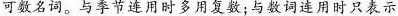
可数名词,与季节连用时多用复数;与数词连用时只表示